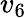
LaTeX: v_{6}